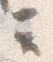
云